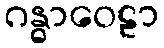
ဂန္ဓာဝေဠာ